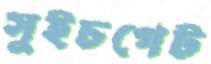
সুইচগেট